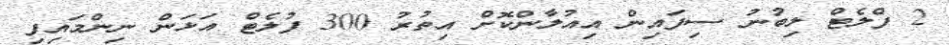
2 ފްލެޓް ލިބުނު ސިފައިން އިއުލާންކޮށް އިތުރު 300 ފުލެޓް އަޅަން ނިންމައިފި